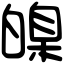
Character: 𤾚